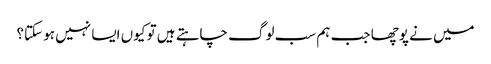
میں نے پوچھا جب ہم سب لوگ چاہتے ہیں تو کیوں ایسا نہیں ہو سکتا؟